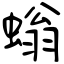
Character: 螉